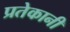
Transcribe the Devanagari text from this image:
प्रतेकानी